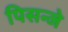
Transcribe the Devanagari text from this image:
पिसन्जे